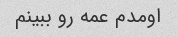
اومدم عمه رو ببینم